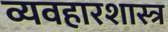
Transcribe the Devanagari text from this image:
व्यवहारशास्त्र